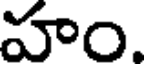
హం.